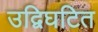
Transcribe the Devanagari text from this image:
उद्विघटित